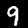
Digit: 9